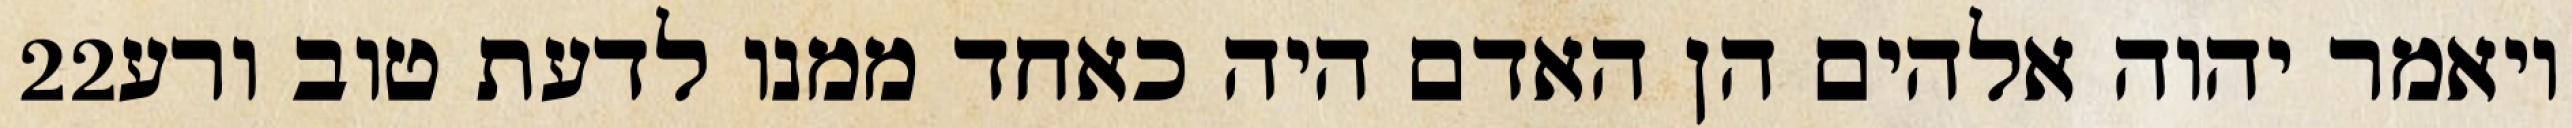
‎22‏ ויאמר יהוה אלהים הן האדם היה כאחד ממנו לדעת טוב ורע